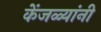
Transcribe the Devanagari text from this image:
केंजळ्यांनी